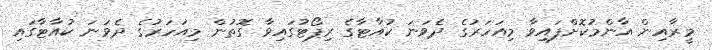
މީރާއިން އާންމުކޮށްފައިވާ މިއަހަރުގެ ދެވަނަ ކުއާޓާގެ ރިޕޯޓުގައިވާ ގޮތުން މިއަހަރުގެ ދެވަނަ ކުއާޓާގައި